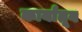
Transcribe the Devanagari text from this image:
कार्यांतून